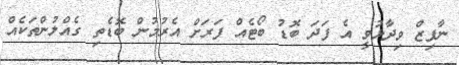
ނާފިޒް ވިދާޅުވީ އެ ފަދަ ބޮޑު ބޯޓެއް ފަރަށް އެރުމުން ބޮޑެތި ގެއްލުންތަކެއް